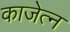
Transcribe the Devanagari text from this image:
काजेत्न